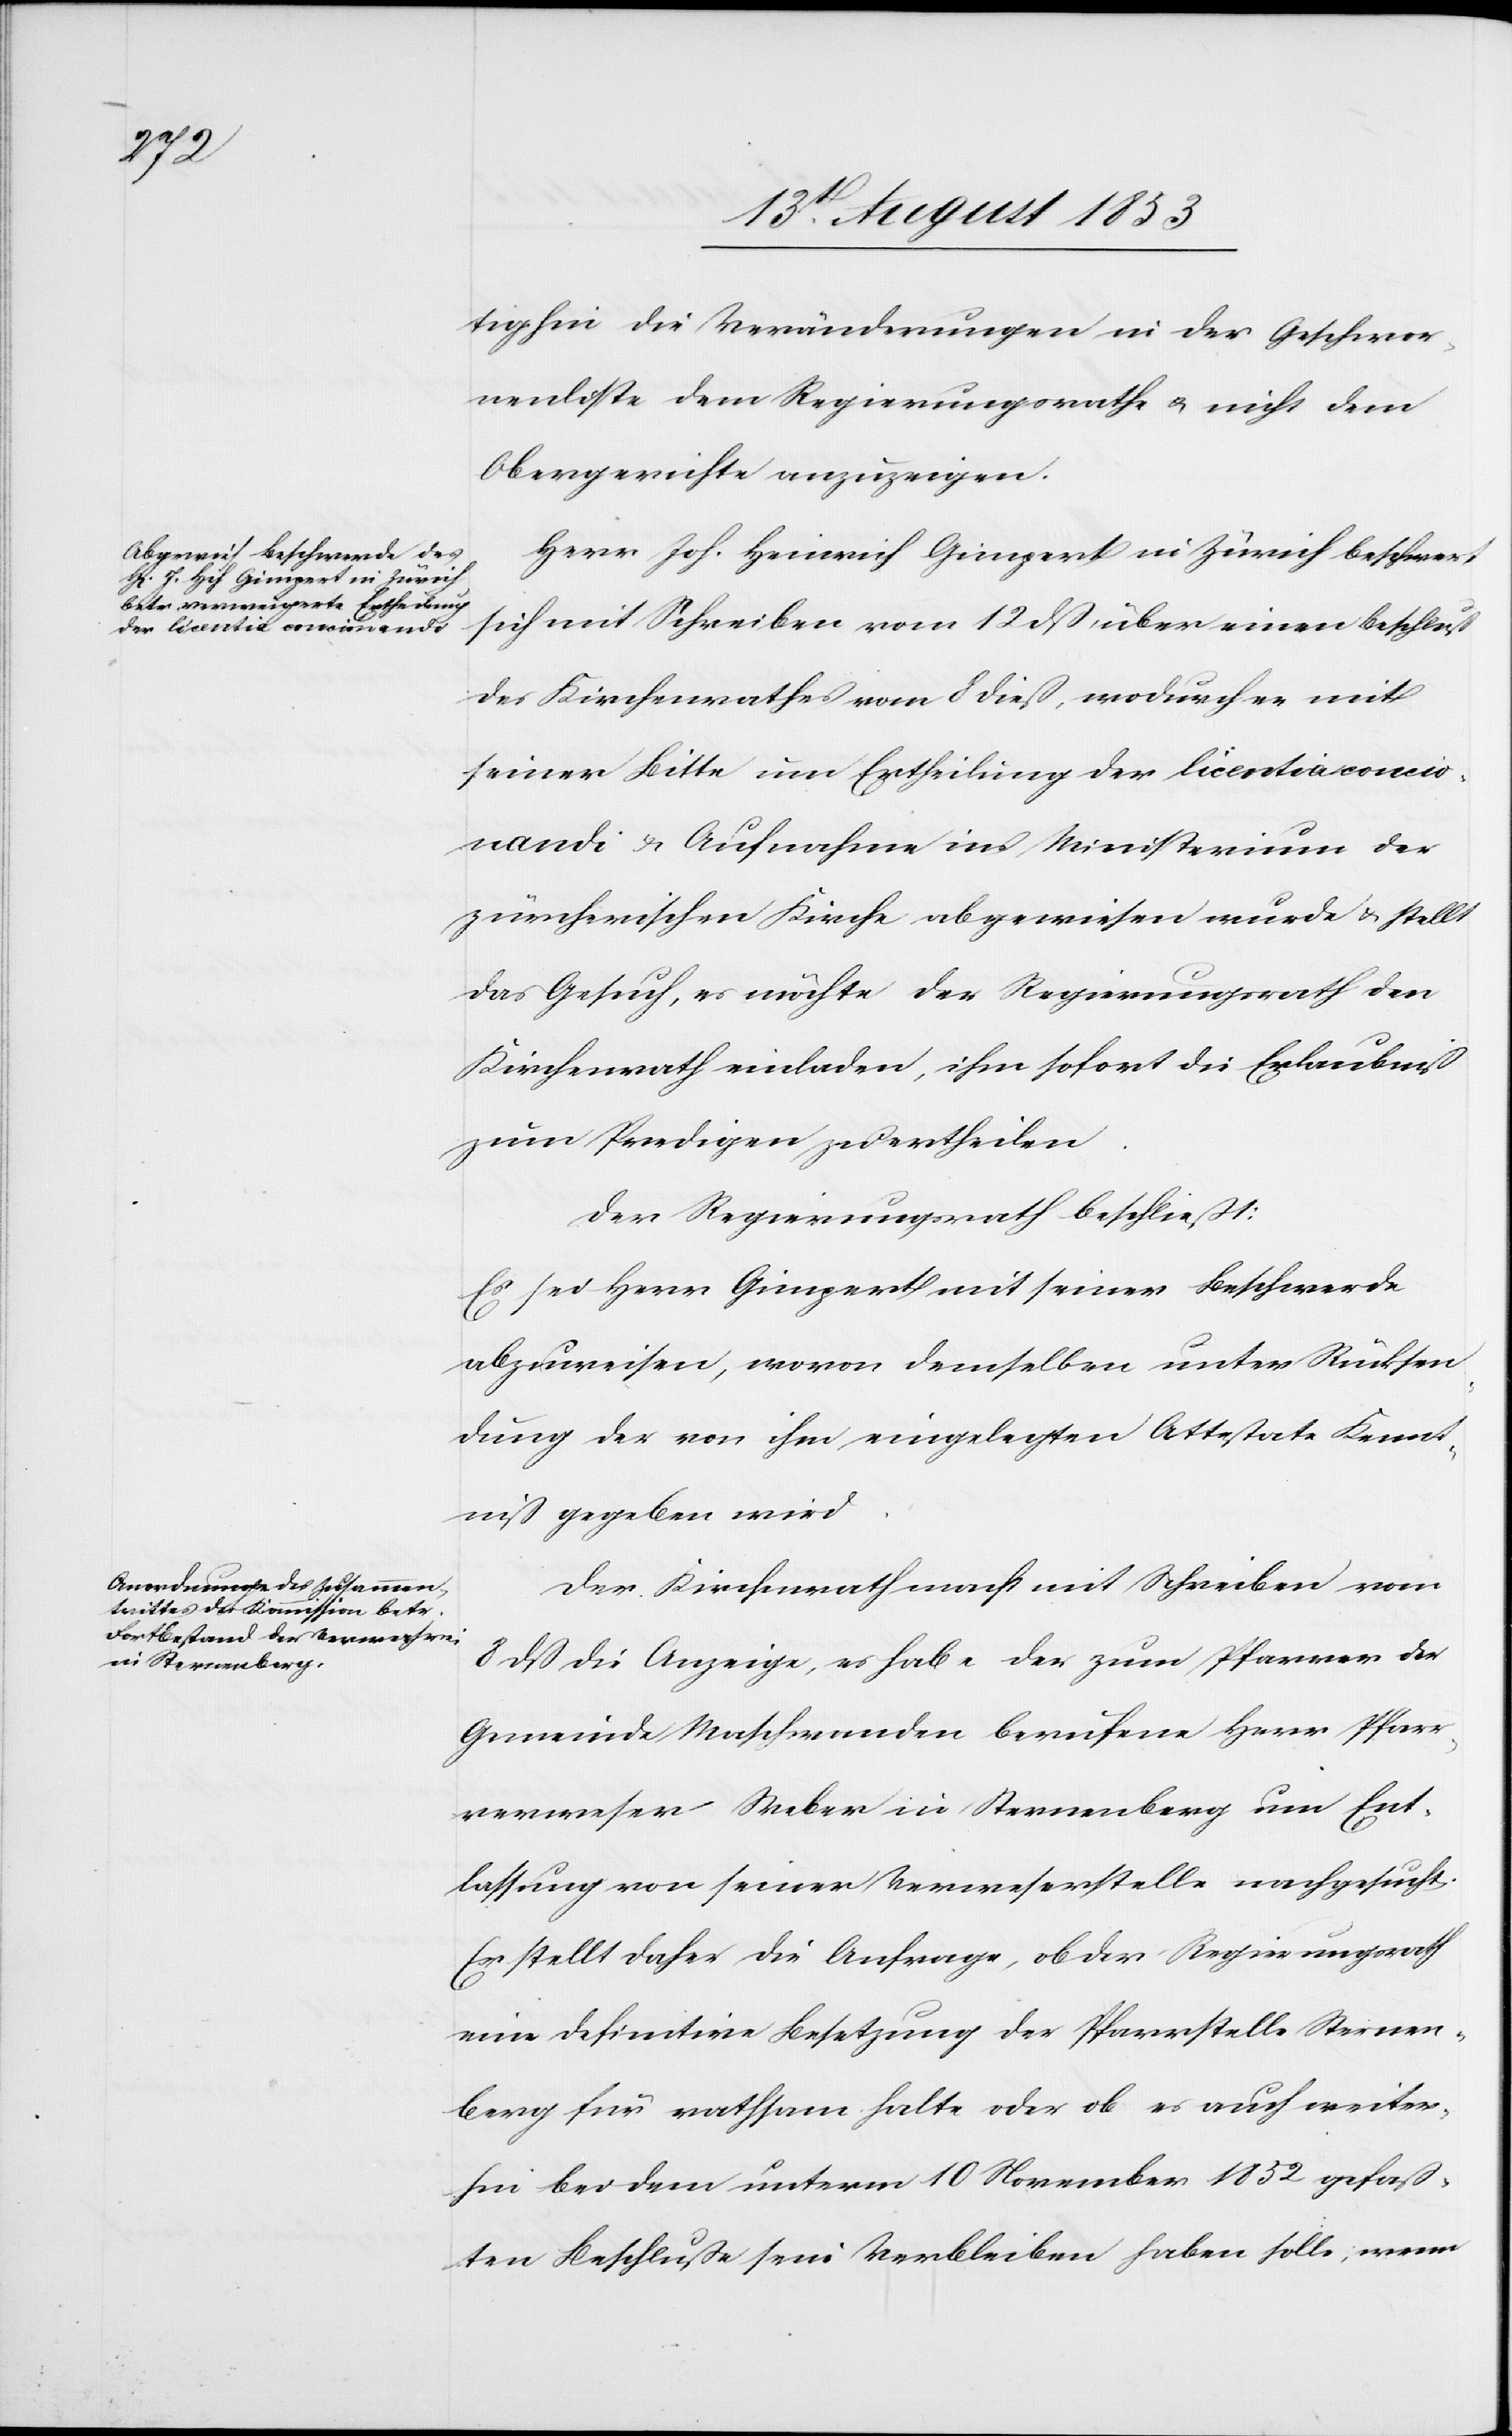
tighin die Veränderungen in der Geschwore¬
nenliste dem Regierungsrathe u. nicht dem
Obergerichte anzuzeigen.
Herr Joh. Heinrich Gimpert in Zürich beschwert
sich mit Schreiben vom 12 dß über einen Beschluß
des Kirchenrathes vom 8 dieß, wodurch er mit
seiner Bitte um Ertheilung der licentia concio¬
nadi u. Aufnahme ins Ministerium der
zürcherischen Kirche abgewiesen wurde u. stellt
das Gesuch, es möchte der Regierungsrath den
Kirchenrath einladen, ihm sofort die Erlaubniß
zum Predigen zu ertheilen.
Der Regierungsrath beschließt:
Es sei Herr Gimpert mit seiner Beschwerde
abzuweisen, wovon demselben unter Rücksen¬
dung der von ihm eingelegten Attestate Kennt¬
niß gegeben wird.
Der Kirchenrath macht mit Schreiben vom
8 dß die Anzeige, es habe der zum Pfarrer der
Gemeinde Maschwanden berufene Herr Pfarr¬
verweser Weber in Sternenberg um Ent¬
lassung von seiner Verweserstelle nachgesucht.
Es stellt sich daher die Anfrage, ob der Regierungsrath
eine definitive Besetzung der Pfarrstelle Sternen¬
berg für rathsam halte oder ob es auch weiter¬
hin bei dem unterm 10 November 1852 gefaß¬
ten Beschluße sein Verbleiben haben solle, wenn